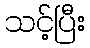
သင့်ပြီး